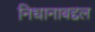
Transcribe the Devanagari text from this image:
निधानाबद्दल